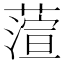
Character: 𮶵